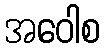
အဝေါစ